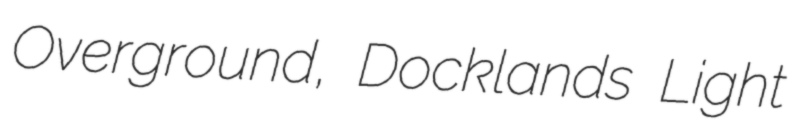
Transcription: Overground, Docklands Light